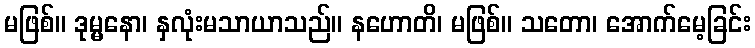
မဖြစ်။ ဒုမ္မနော၊ နှလုံးမသာယာသည်။ နဟောတိ၊ မဖြစ်။ သတော၊ အောက်မေ့ခြင်း